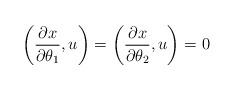
LaTeX: \begin{align*}\left( \frac{\partial x}{\partial\theta_{1}},u\right) =\left(\frac{\partial x}{\partial\theta_{2}},u\right) =0 \end{align*}